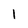
Character: l